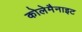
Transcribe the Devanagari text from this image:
कोलेमैनाइट